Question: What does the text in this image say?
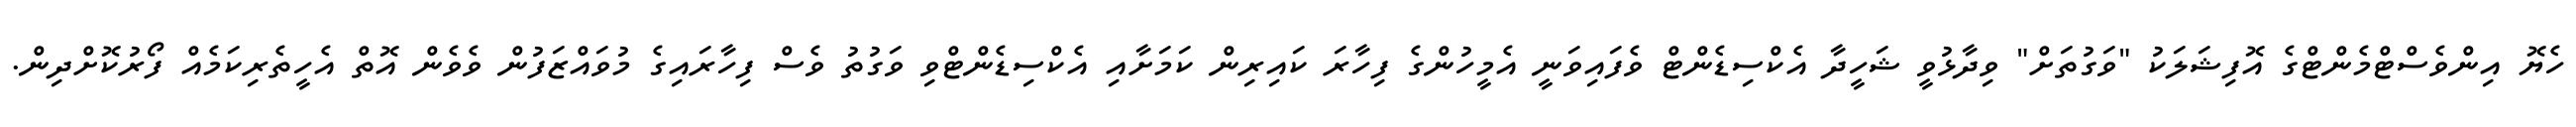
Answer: ހެޔޮ އިންވެސްޓްމެންޓްގެ އޮފިޝަލަކު "ވަގުތަށް" ވިދާޅުވީ ޝަހީދާ އެކްސިޑެންޓް ވެފައިވަނީ އެމީހުންގެ ފިހާރަ ކައިރިން ކަމަށާއި އެކްސިޑެންޓްވި ވަގުތު ވެސް ފިހާރައިގެ މުވައްޒަފުން ވެވެން އޮތް އެހީތެރިކަމެއް ފޯރުކޮށްދިން.